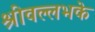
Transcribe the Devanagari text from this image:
श्रीवल्लभके